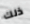
ذلك